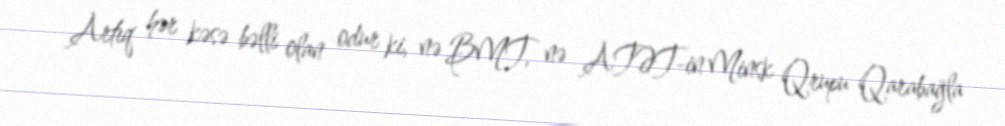
Artıq hər kəsə bəlli olan odur ki, nə BMT, nə ATƏT-in Minsk Qrupu Qarabağla